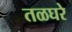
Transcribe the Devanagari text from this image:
तळघरे